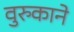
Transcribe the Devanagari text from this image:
वुरुकाने